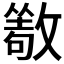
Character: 𰕔